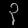
Digit: ၃